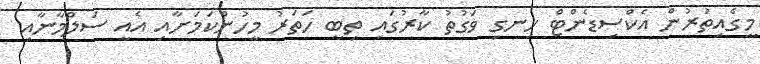
މީގެއިތުރުން އެކްސިޑެންޓް ހިނގި ވަގުތު ކާރުގައި ތިބީ ހަތަރު މީހުންކަމަށާއި އެއީ ސަލްމާނާއި